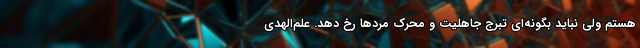
هستم ولی نباید بگونه‌ای تبرجّ جاهلیت و محرّک مردها رخ دهد. علم‌الهدی